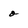
Character: o